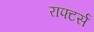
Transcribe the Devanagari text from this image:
राफ्टर्स